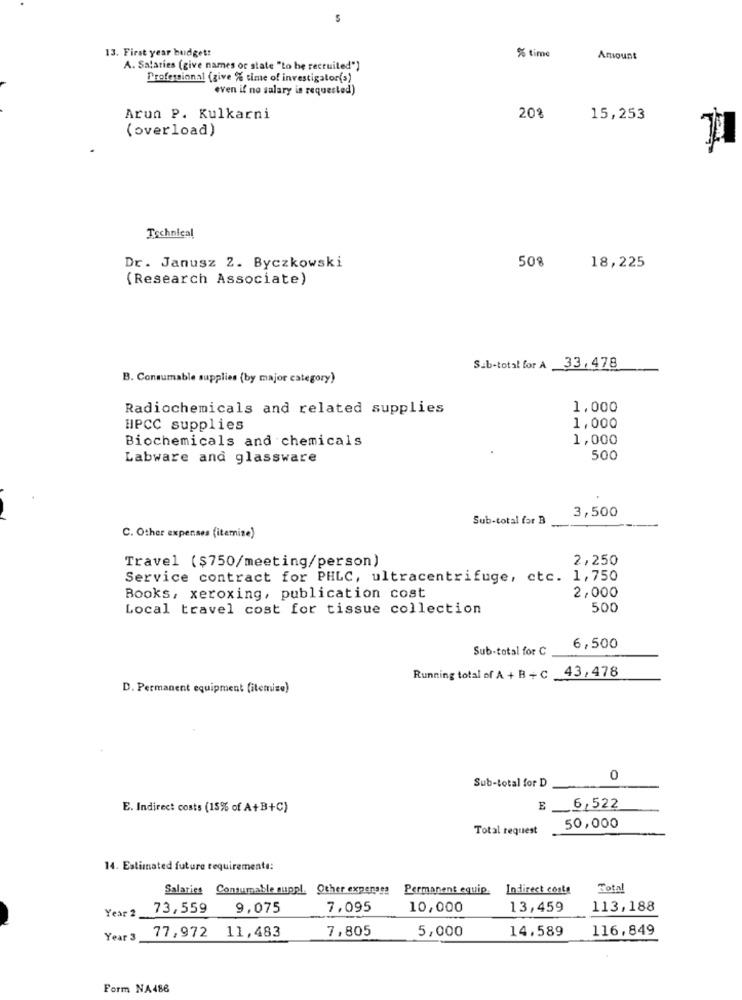
13. First year budget:
% time
Amount
A. Salaries (give names or state "Lo be recruited")
Professional (give % time of investigator(s)
even if no salary is requested)
Arun P. Kulkarni
20%
15,253
(overload)
Technical
Dr. Janusz 2. Byczkowski
50%
18,225
(Research Associate)
Sub-total for A 33,478
B. Consumable supplies (by major category)
Radiochemicals and related supplies
1,000
HPCC supplies
1,000
Biochemicals and chemicals
1,000
Labware and glassware
500
3,500
Sub-total for B
C. Other expenses (itemize)
Travel ($750/meeting/person)
2,250
Service contract for PHLC, ultracentrifuge, etc. 1,750
2,000
Books, xeroxing, publication cost
Local travel cost for tissue collection
500
Sub-total for C
6,500
43,478
Running total of A + B + C
D. Permanent equipment [itemize)
0
Sub-total for D
E. Indirect costs (15% of A+B+C)
E _6,522
Total request
50,000
14. Estimated future requirements:
Salaries Consumable suppl. Other expenses Permanent equip Indirect costa
Total
Year 2
73,559
9,075
7,095
10,000
13,459
113,188
7,805
5,000
14.589
116,849
Year 3
77,972 11,483
Form NA486